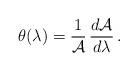
LaTeX: \begin{align*}\theta(\lambda)={1\over {\cal A}}\,{d{\cal A}\over d\lambda}\,.\end{align*}